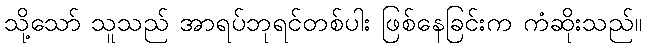
သို့သော် သူသည် အာရပ်ဘုရင်တစ်ပါး ဖြစ်နေခြင်းက ကံဆိုးသည်။